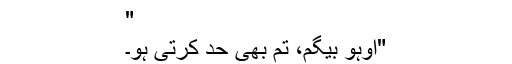
"
"اوہو بیگم، تم بھی حد کرتی ہو۔